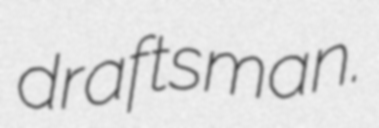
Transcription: draftsman.